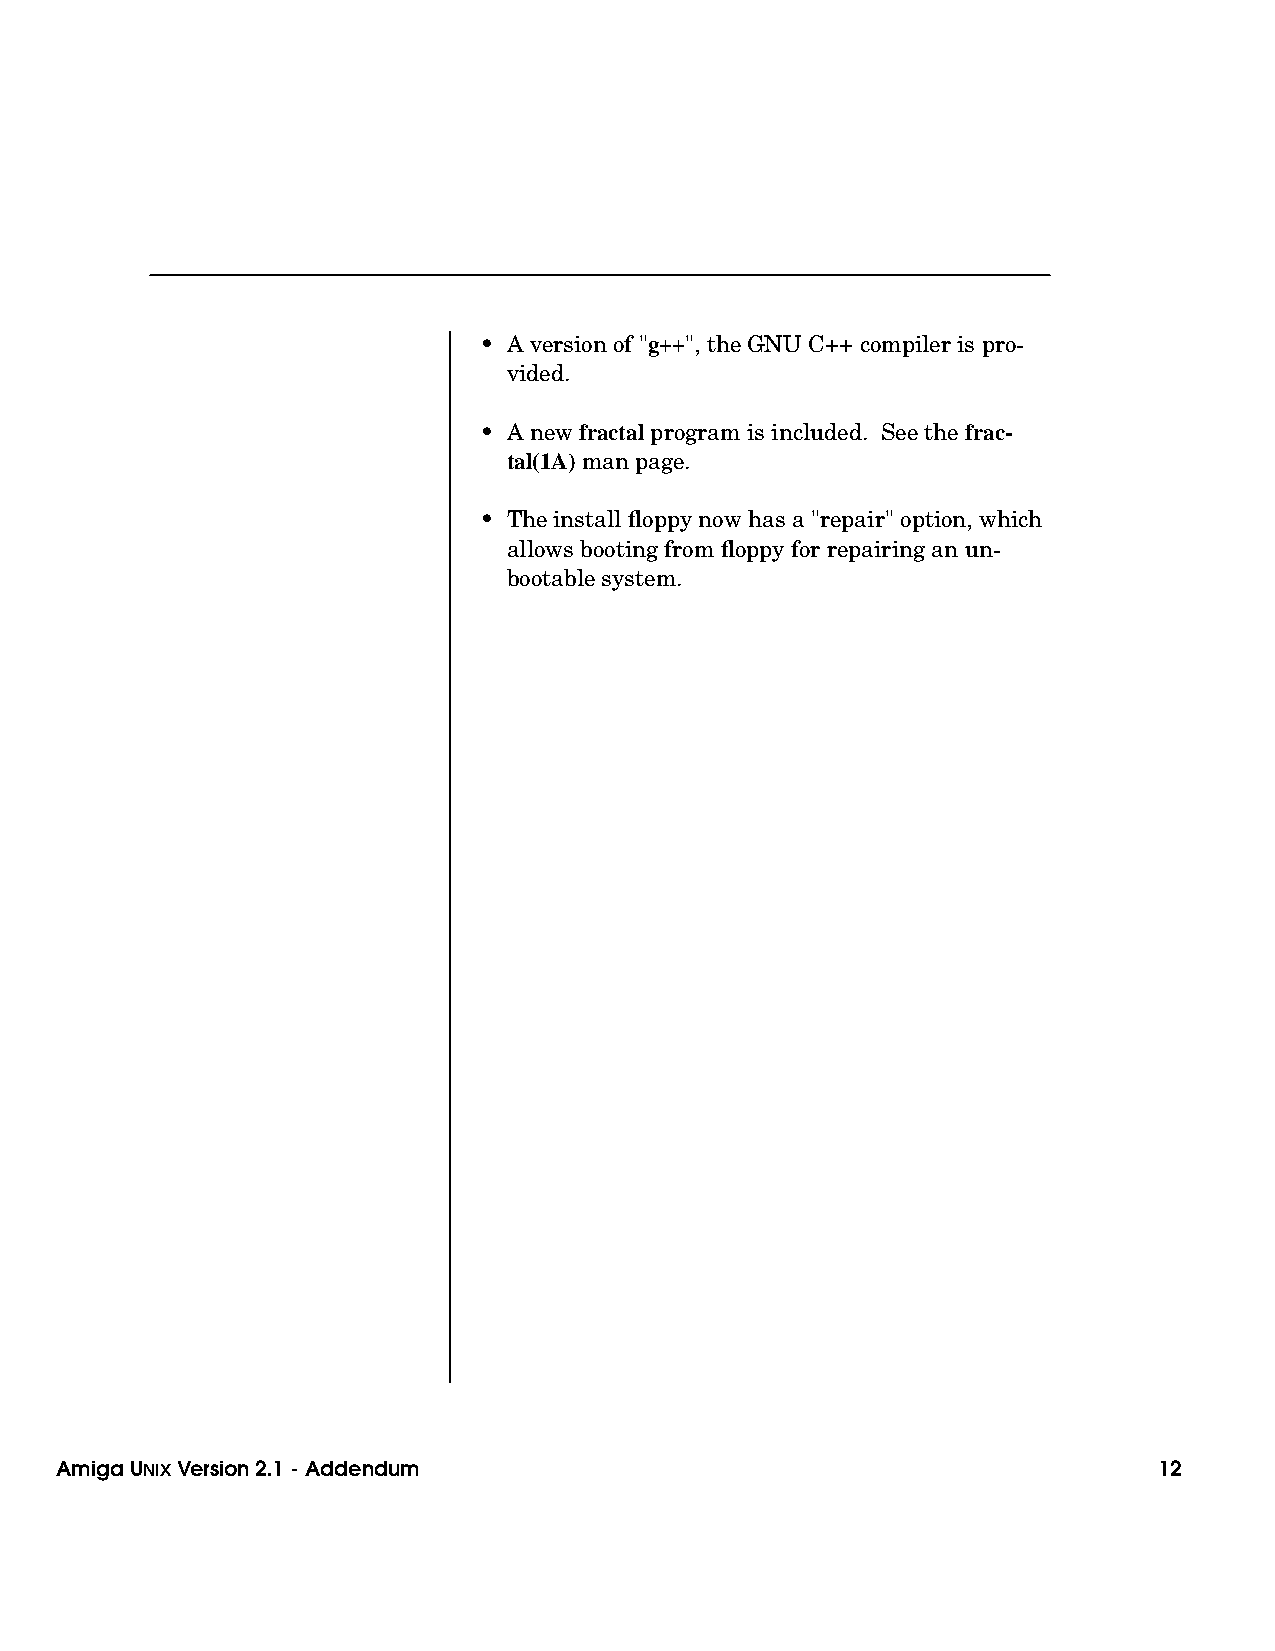
• A version of "g++", the GNU C++ compiler is pro-
 vided.
 • A new fractal program is included. See the frac-
 tal(1A) man page.
 • The install floppy now has a "repair" option, which
 allows booting from floppy for repairing an un-
 bootable system.
 Amiga UNIXVersion 2.1 - Addendum                                         12